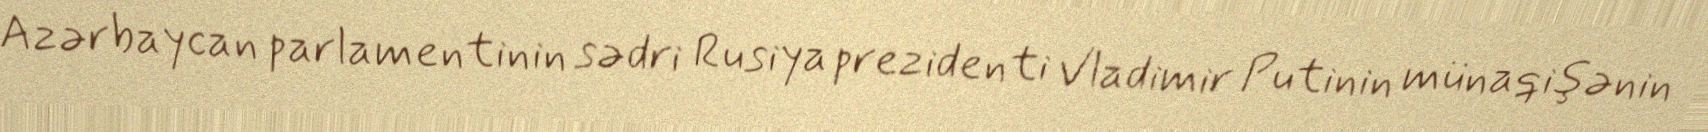
Azərbaycan parlamentinin sədri Rusiya prezidenti Vladimir Putinin münaqişənin